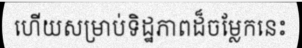
ហើយសម្រាប់ទិដ្ឋភាពដ៏ចម្លែកនេះ